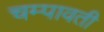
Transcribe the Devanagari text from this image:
चम्पावती